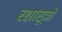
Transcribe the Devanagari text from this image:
रक्षासूत्रों